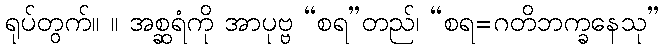
ရုပ်တွက်။ ။ အစ္ဆရံကို အာပုဗ္ဗ “စရ”တည်၊ “စရ=ဂတိဘက္ခနေသု”